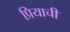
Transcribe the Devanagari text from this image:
प्रियाची